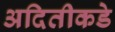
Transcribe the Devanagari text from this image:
अदितीकडे